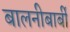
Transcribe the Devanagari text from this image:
बालनीबार्बी